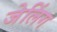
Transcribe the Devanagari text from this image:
जेलिंग